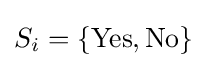
S_{i}=\{{\text{Yes}},{\text{No}}\}